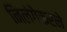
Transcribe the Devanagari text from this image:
निलंगेकरने